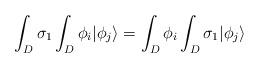
LaTeX: \begin{align*}\int_{D} \sigma_{1} \int_{D} \phi_i | \phi_j\rangle = \int_{D} \phi_i \int_{D} \sigma_{1}| \phi_j \rangle \\\end{align*}